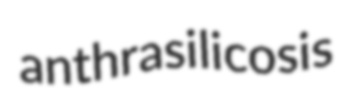
anthrasilicosis